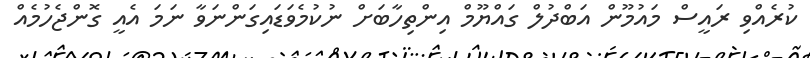
ކުރެއްވި ރައީސް މައުމޫން އަބްދުލް ގައްޔޫމް އިންތިހާބަށް ނުކުމެވަޑައިގަންނަވާ ނަމަ އެއީ ގޮންޖެހުމެއް